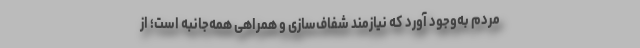
مردم به‌وجود آورد که نیازمند شفاف‌سازی و همراهی همه‌جانبه است؛ از